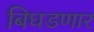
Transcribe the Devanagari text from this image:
बिघडणार